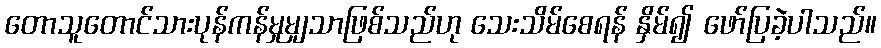
တောသူတောင်သားပုန်ကန်မှုမျှသာဖြစ်သည်ဟု သေးသိမ်စေရန် နှိမ်၍ ဖော်ပြခဲ့ပါသည်။